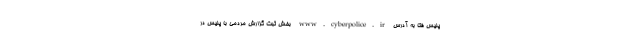
پلیس فتا به آدرس www.cyberpolice.ir بخش ثبت گزارش مردمی با پلیس در